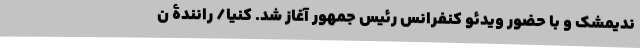
ندیمشک و با حضور ویدئو کنفرانس رئیس جمهور آغاز شد. کنیا/ رانندۀ ن